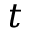
t